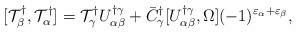
LaTeX: \begin{align*}[{\cal T}^\dagger_\beta,{\cal T}^\dagger_\alpha]={\cal T}^\dagger_\gamma U^{\dagger\gamma}_{\alpha\beta}+\bar{C}^\dagger_\gamma[U^{\dagger\gamma}_{\alpha\beta},\Omega](-1)^{\varepsilon_\alpha+\varepsilon_\beta},\end{align*}